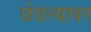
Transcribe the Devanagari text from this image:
छेडल्यावर